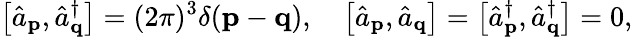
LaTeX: \left[{\hat{a}}_{\mathbf{p}},{\hat{a}}_{\mathbf{q}}^{\dagger}\right]=(2\pi)^{3}\delta(\mathbf{p}-\mathbf{q}),\quad\left[{\hat{a}}_{\mathbf{p}},{\hat{a}}_{\mathbf{q}}\right]=\left[{\hat{a}}_{\mathbf{p}}^{\dagger},{\hat{a}}_{\mathbf{q}}^{\dagger}\right]=0,